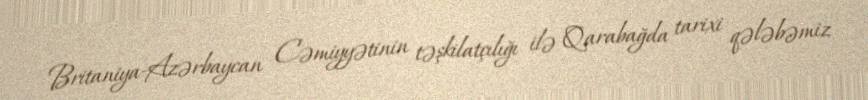
Britaniya-Azərbaycan Cəmiyyətinin təşkilatçılığı ilə Qarabağda tarixi qələbəmiz